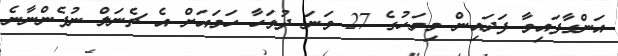
އަންގާފައިވާ ފަދައިން މިމަހުގެ 27 ވަނަ ދުވަހާ ހަމައަށް އެ ޗެނަލް ނުފެންނާނެ